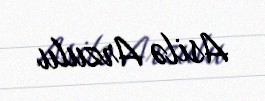
Asilə Arzulu